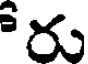
రు